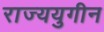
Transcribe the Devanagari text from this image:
राज्ययुगीन